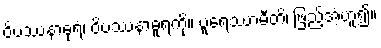
ဝိပဿနာဓုရံ၊ ဝိပဿနာဓူရကို။ ပူရေဿာမီတိ၊ ဖြည့်အံ့ဟူ၍။